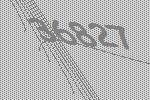
36827